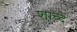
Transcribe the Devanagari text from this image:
शाब्दे